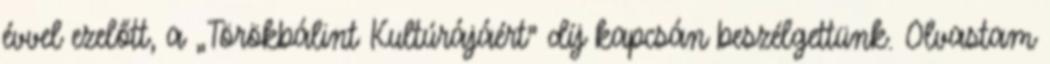
évvel ezelőtt, a „Törökbálint Kultúrájáért” díj kapcsán beszélgettünk. Olvastam